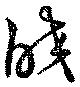
皎